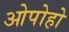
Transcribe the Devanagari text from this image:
ओपोहो